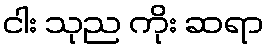
ငါး သုည ကိုး ဆရာ